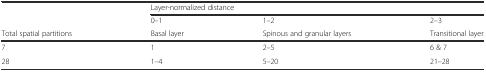
<table><thead><tr><td></td><td colspan="3"><b>Layer-normalized distance</b></td></tr><tr><td></td><td><b>0–1</b></td><td><b>1–2</b></td><td><b>2–3</b></td></tr><tr><td><b>Total spatial partitions</b></td><td><b>Basal layer</b></td><td><b>Spinous and granular layers</b></td><td><b>Transitional layer</b></td></tr></thead><tbody><tr><td>7</td><td>1</td><td>2–5</td><td>6 &amp; 7</td></tr><tr><td>28</td><td>1–4</td><td>5–20</td><td>21–28</td></tr></tbody></table>